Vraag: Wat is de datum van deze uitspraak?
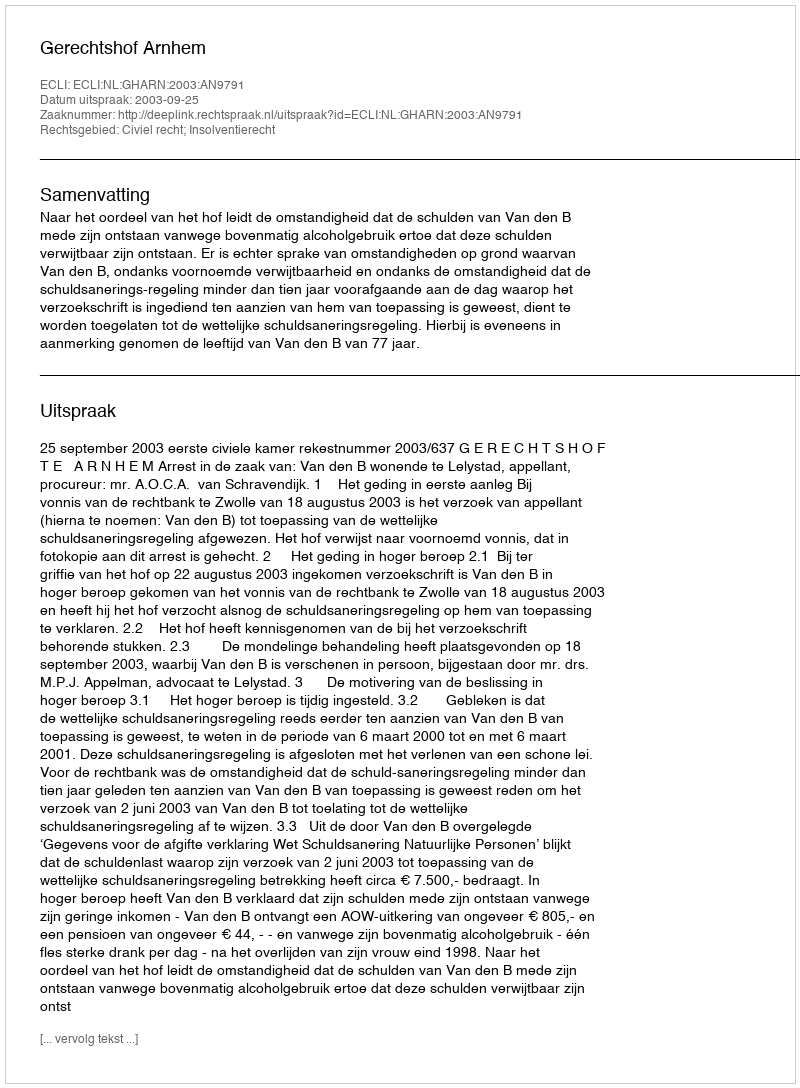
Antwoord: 2003-09-25